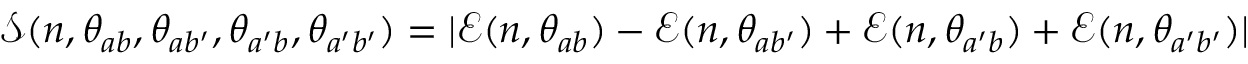
\mathcal { S } ( n , \theta _ { a b } , \theta _ { a b ^ { \prime } } , \theta _ { a ^ { \prime } b } , \theta _ { a ^ { \prime } b ^ { \prime } } ) = | \mathcal { E } ( n , \theta _ { a b } ) - \mathcal { E } ( n , \theta _ { a b ^ { \prime } } ) + \mathcal { E } ( n , \theta _ { a ^ { \prime } b } ) + \mathcal { E } ( n , \theta _ { a ^ { \prime } b ^ { \prime } } ) |